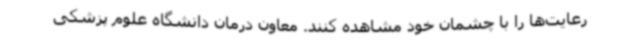
رعایت‌ها را با چشمان خود مشاهده کنند. معاون درمان دانشگاه علوم پزشکی